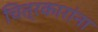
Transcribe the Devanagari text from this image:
चित्रकारांना